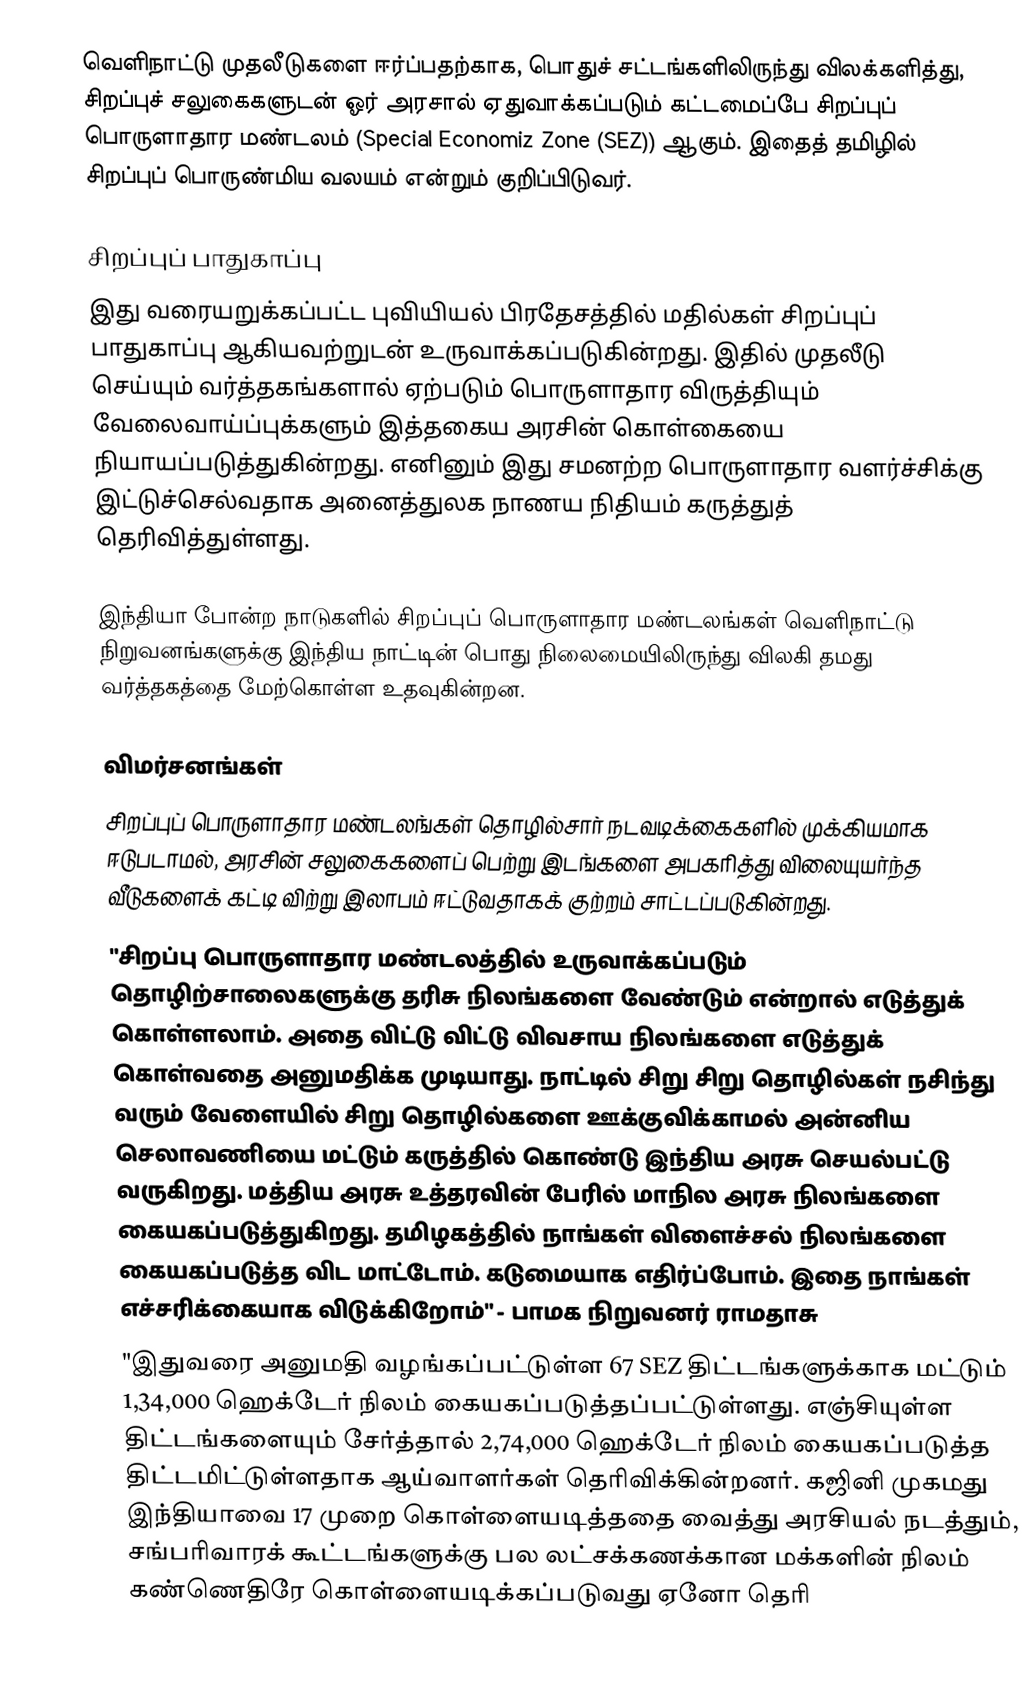
வெளிநாட்டு முதலீடுகளை ஈர்ப்பதற்காக, பொதுச் சட்டங்களிலிருந்து விலக்களித்து, சிறப்புச் சலுகைகளுடன் ஓர் அரசால் ஏதுவாக்கப்படும் கட்டமைப்பே சிறப்புப் பொருளாதார மண்டலம் (Special Economiz Zone (SEZ)) ஆகும். இதைத் தமிழில் சிறப்புப் பொருண்மிய வலயம் என்றும் குறிப்பிடுவர்.

சிறப்புப் பாதுகாப்பு
இது வரையறுக்கப்பட்ட புவியியல் பிரதேசத்தில் மதில்கள் சிறப்புப் பாதுகாப்பு ஆகியவற்றுடன் உருவாக்கப்படுகின்றது. இதில் முதலீடு செய்யும் வர்த்தகங்களால் ஏற்படும் பொருளாதார விருத்தியும் வேலைவாய்ப்புக்களும் இத்தகைய அரசின் கொள்கையை நியாயப்படுத்துகின்றது. எனினும் இது சமனற்ற பொருளாதார வளர்ச்சிக்கு இட்டுச்செல்வதாக அனைத்துலக நாணய நிதியம் கருத்துத் தெரிவித்துள்ளது.

இந்தியா போன்ற நாடுகளில் சிறப்புப் பொருளாதார மண்டலங்கள் வெளிநாட்டு நிறுவனங்களுக்கு இந்திய நாட்டின் பொது நிலைமையிலிருந்து விலகி தமது வர்த்தகத்தை மேற்கொள்ள உதவுகின்றன.

விமர்சனங்கள்
 சிறப்புப் பொருளாதார மண்டலங்கள் தொழில்சார் நடவடிக்கைகளில் முக்கியமாக ஈடுபடாமல், அரசின் சலுகைகளைப் பெற்று இடங்களை அபகரித்து விலையுயர்ந்த வீடுகளைக் கட்டி விற்று இலாபம் ஈட்டுவதாகக் குற்றம் சாட்டப்படுகின்றது.
 "சிறப்பு பொருளாதார மண்டலத்தில் உருவாக்கப்படும் தொழிற்சாலைகளுக்கு தரிசு நிலங்களை வேண்டும் என்றால் எடுத்துக் கொள்ளலாம். அதை விட்டு விட்டு விவசாய நிலங்களை எடுத்துக் கொள்வதை அனுமதிக்க முடியாது. நாட்டில் சிறு சிறு தொழில்கள் நசிந்து வரும் வேளையில் சிறு தொழில்களை ஊக்குவிக்காமல் அன்னிய செலாவணியை மட்டும் கருத்தில் கொண்டு இந்திய அரசு செயல்பட்டு வருகிறது. மத்திய அரசு உத்தரவின் பேரில் மாநில அரசு நிலங்களை கையகப்படுத்துகிறது. தமிழகத்தில் நாங்கள் விளைச்சல் நிலங்களை கையகப்படுத்த விட மாட்டோம். கடுமையாக எதிர்ப்போம். இதை நாங்கள் எச்சரிக்கையாக விடுக்கிறோம்" - பாமக நிறுவனர் ராமதாசு
 "இதுவரை அனுமதி வழங்கப்பட்டுள்ள 67 SEZ திட்டங்களுக்காக மட்டும் 1,34,000 ஹெக்டேர் நிலம் கையகப்படுத்தப்பட்டுள்ளது. எஞ்சியுள்ள திட்டங்களையும் சேர்த்தால் 2,74,000 ஹெக்டேர் நிலம் கையகப்படுத்த திட்டமிட்டுள்ளதாக ஆய்வாளர்கள் தெரிவிக்கின்றனர். கஜினி முகமது இந்தியாவை 17 முறை கொள்ளையடித்ததை வைத்து அரசியல் நடத்தும், சங்பரிவாரக் கூட்டங்களுக்கு பல லட்சக்கணக்கான மக்களின் நிலம் கண்ணெதிரே கொள்ளையடிக்கப்படுவது ஏனோ தெரி